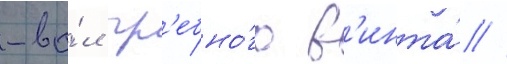
-ва́л гр'ебно́го в'инта́ //